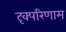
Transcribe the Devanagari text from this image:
दृक्परिणाम